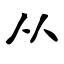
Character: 从